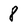
Character: 8